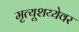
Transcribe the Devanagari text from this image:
मृत्यूशय्येवर